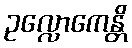
ဥလ္လောကေန္တိ